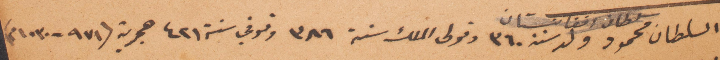
السلطان محمود ولد سنة ٣٦٠ وتولى الملك سنة ٣٨٦ وتوفي سنة ٤٢١ هجرية (٩٧١-١٠٣٠م)